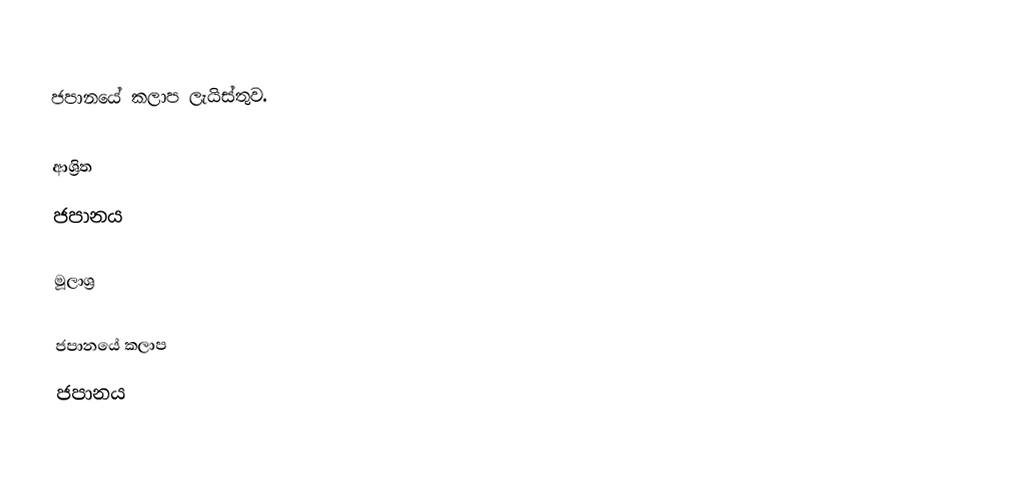
ජපානයේ කලාප ලැයිස්තුව.

ආශ්‍රිත
 ජපානය

මූලාශ්‍ර

ජපානයේ කලාප
ජපානය